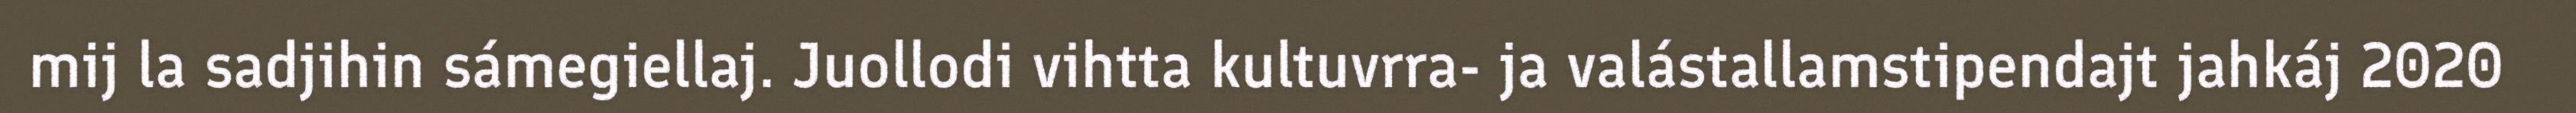
mij la sadjihin sámegiellaj. Juollodi vihtta kultuvrra- ja valástallamstipendajt jahkáj 2020